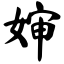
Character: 婶